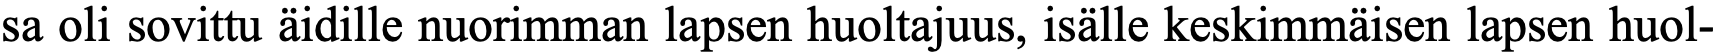
sa oli sovittu äidille nuorimman lapsen huoltajuus, isälle keskimmäisen lapsen huol-